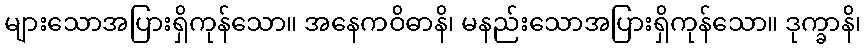
များသောအပြားရှိကုန်သော။ အနေကဝိဓာနိ၊ မနည်းသောအပြားရှိကုန်သော။ ဒုက္ခာနိ၊